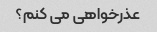
عذرخواهی می کنم؟